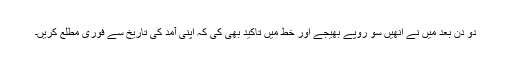
دو دن بعد میں نے انھیں سو روپے بھیجے اور خط میں تاکید بھی کی کہ اپنی آمد کی تاریخ سے فوری مطلع کریں۔